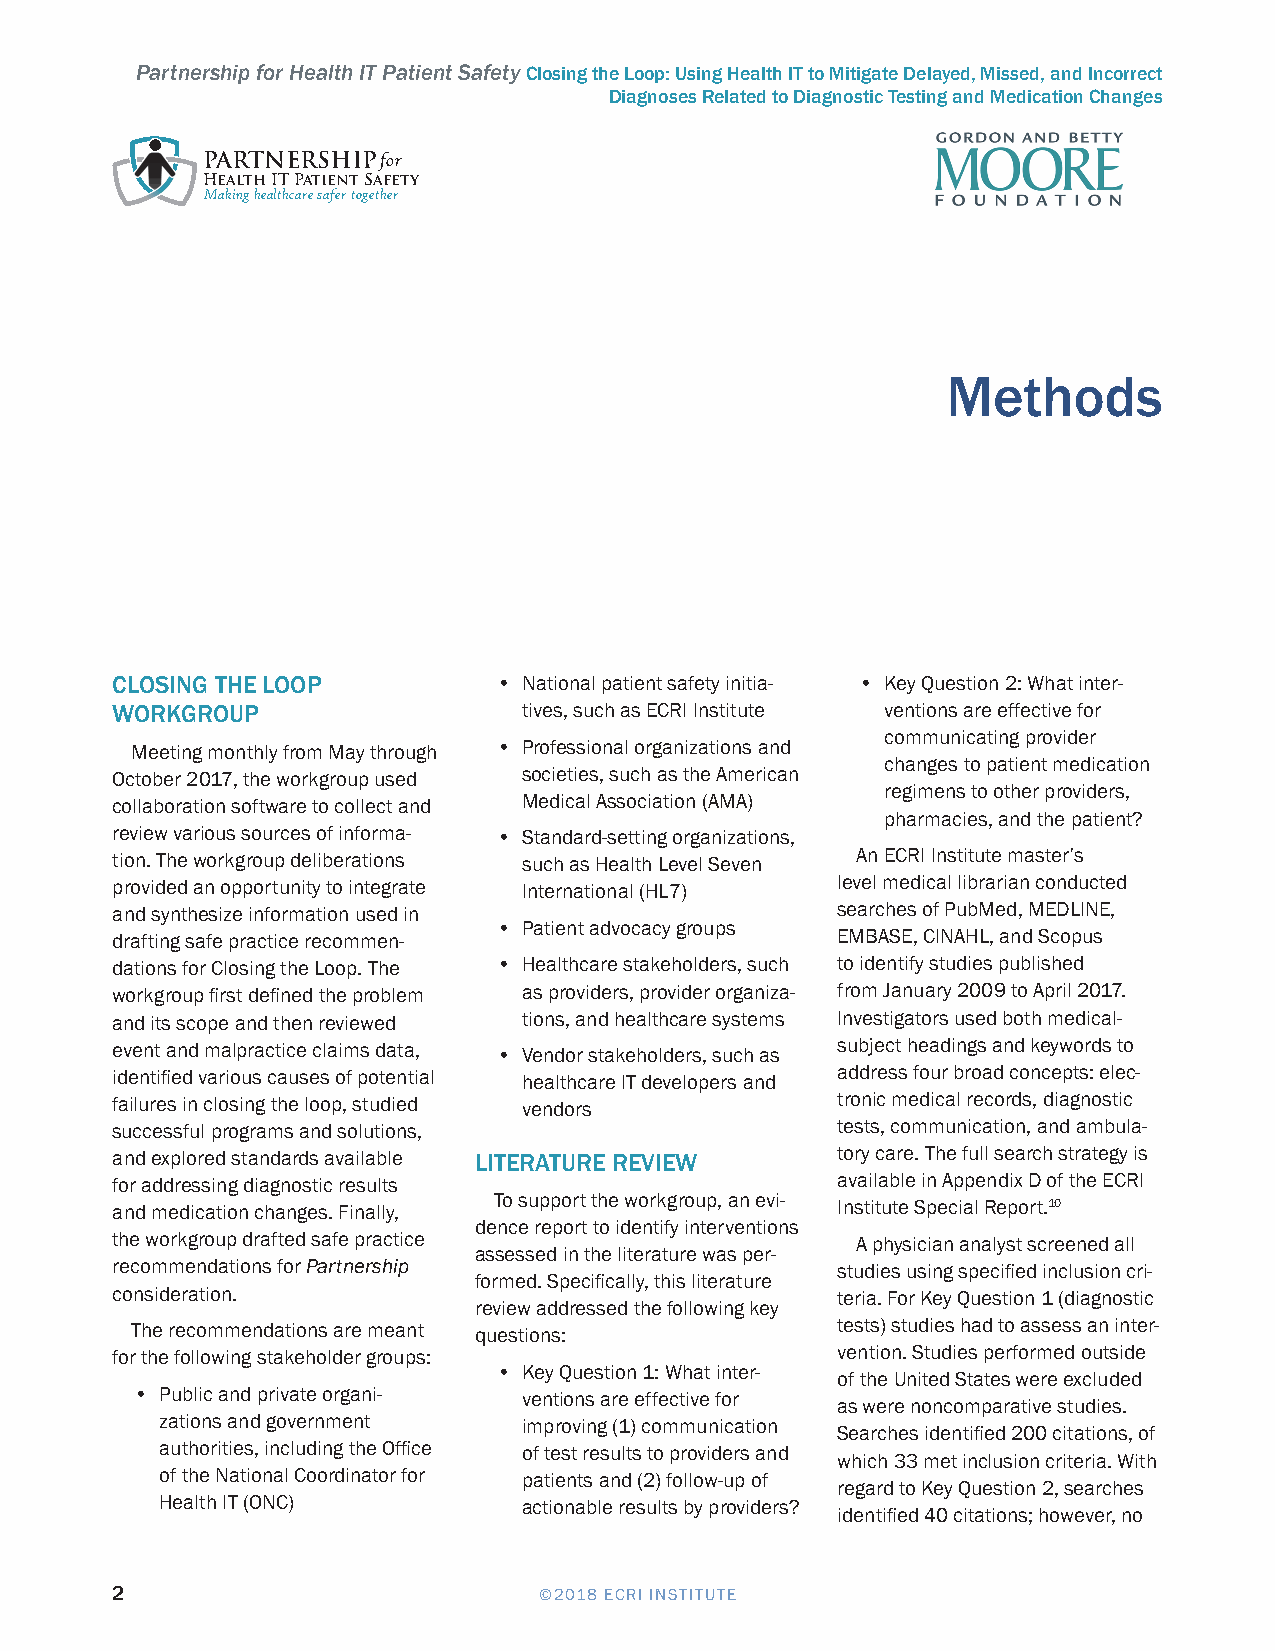
Partnership for Health IT Patient Safety Closing the Loop: Using Health IT to Mitigate Delayed, Missed, and Incorrect
 Diagnoses Related to Diagnostic Testing and Medication Changes
 PARTNERSHIPfor
 Health IT Patient Safety
 Making healthcare safer together
 Methods
 CLOSING THE LOOP          • National patient safety initia- • Key Question 2: What inter-
 WORKGROUP                   tives, such as ECRI Institute ventions are effective for
 communicating provider
 Meeting monthly from May through • Professional organizations and
 changes to patient medication
 October 2017, the workgroup used societies, such as the American
 regimens to other providers,
 collaboration software to collect and Medical Association (AMA)
 pharmacies, and the patient?
 review various sources of informa- • Standard-setting organizations,
 tion. The workgroup deliberations such as Health Level Seven An ECRI Institute master’s
 provided an opportunity to integrate International (HL7) level medical librarian conducted
 and synthesize information used in              searches of PubMed, MEDLINE,
 • Patient advocacy groups
 drafting safe practice recommen-                EMBASE, CINAHL, and Scopus
 dations for Closing the Loop. The • Healthcare stakeholders, such to identify studies published
 workgroup first defined the problem as providers, provider organiza- from January 2009 to April 2017.
 and its scope and then reviewed tions, and healthcare systems Investigators used both medical-
 event and malpractice claims data, • Vendor stakeholders, such as subject headings and keywords to
 identified various causes of potential healthcare IT developers and address four broad concepts: elec-
 failures in closing the loop, studied vendors   tronic medical records, diagnostic
 successful programs and solutions,              tests, communication, and ambula-
 and explored standards available LITERATURE REVIEW tory care. The full search strategy is
 for addressing diagnostic results               available in Appendix D of the ECRI
 and medication changes. Finally, To support the workgroup, an evi- Institute Special Report.10
 dence report to identify interventions
 the workgroup drafted safe practice               A physician analyst screened all
 assessed in the literature was per-
 recommendations for Partnership                 studies using specified inclusion cri-
 formed. Specifically, this literature
 consideration.                                  teria. For Key Question 1 (diagnostic
 review addressed the following key
 The recommendations are meant questions:      tests) studies had to assess an inter-
 for the following stakeholder groups:           vention. Studies performed outside
 • Key Question 1: What inter-
 of the United States were excluded
 • Public and private organi- ventions are effective for
 as were noncomparative studies.
 zations and government  improving (1) communication
 Searches identified 200 citations, of
 authorities, including the Office of test results to providers and
 which 33 met inclusion criteria. With
 of the National Coordinator for patients and (2) follow-up of
 regard to Key Question 2, searches
 Health IT (ONC)         actionable results by providers?
 identified 40 citations; however, no
 2                            ©2018 ECRI INSTITUTE